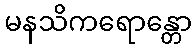
မနသိကရောန္တော